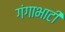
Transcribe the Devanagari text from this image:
गंगाभाटी